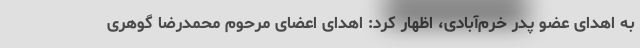
به اهدای عضو پدر خرم‌آبادی، اظهار کرد: اهدای اعضای مرحوم محمدرضا گوهری